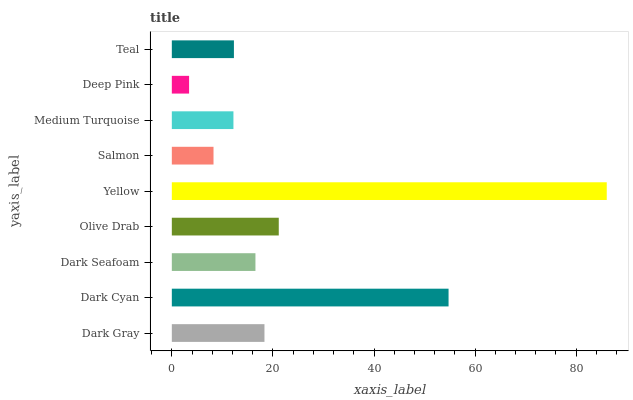
| yaxis_label | bars |
 | --- | --- |
 | Dark Gray | 18.3 |
 | Dark Cyan | 54.7 |
 | Dark Seafoam | 16.5 |
 | Olive Drab | 21.2 |
 | Yellow | 86 |
 | Salmon | 8.25 |
 | Medium Turquoise | 12.2 |
 | Deep Pink | 3.42 |
 | Teal | 12.3 |